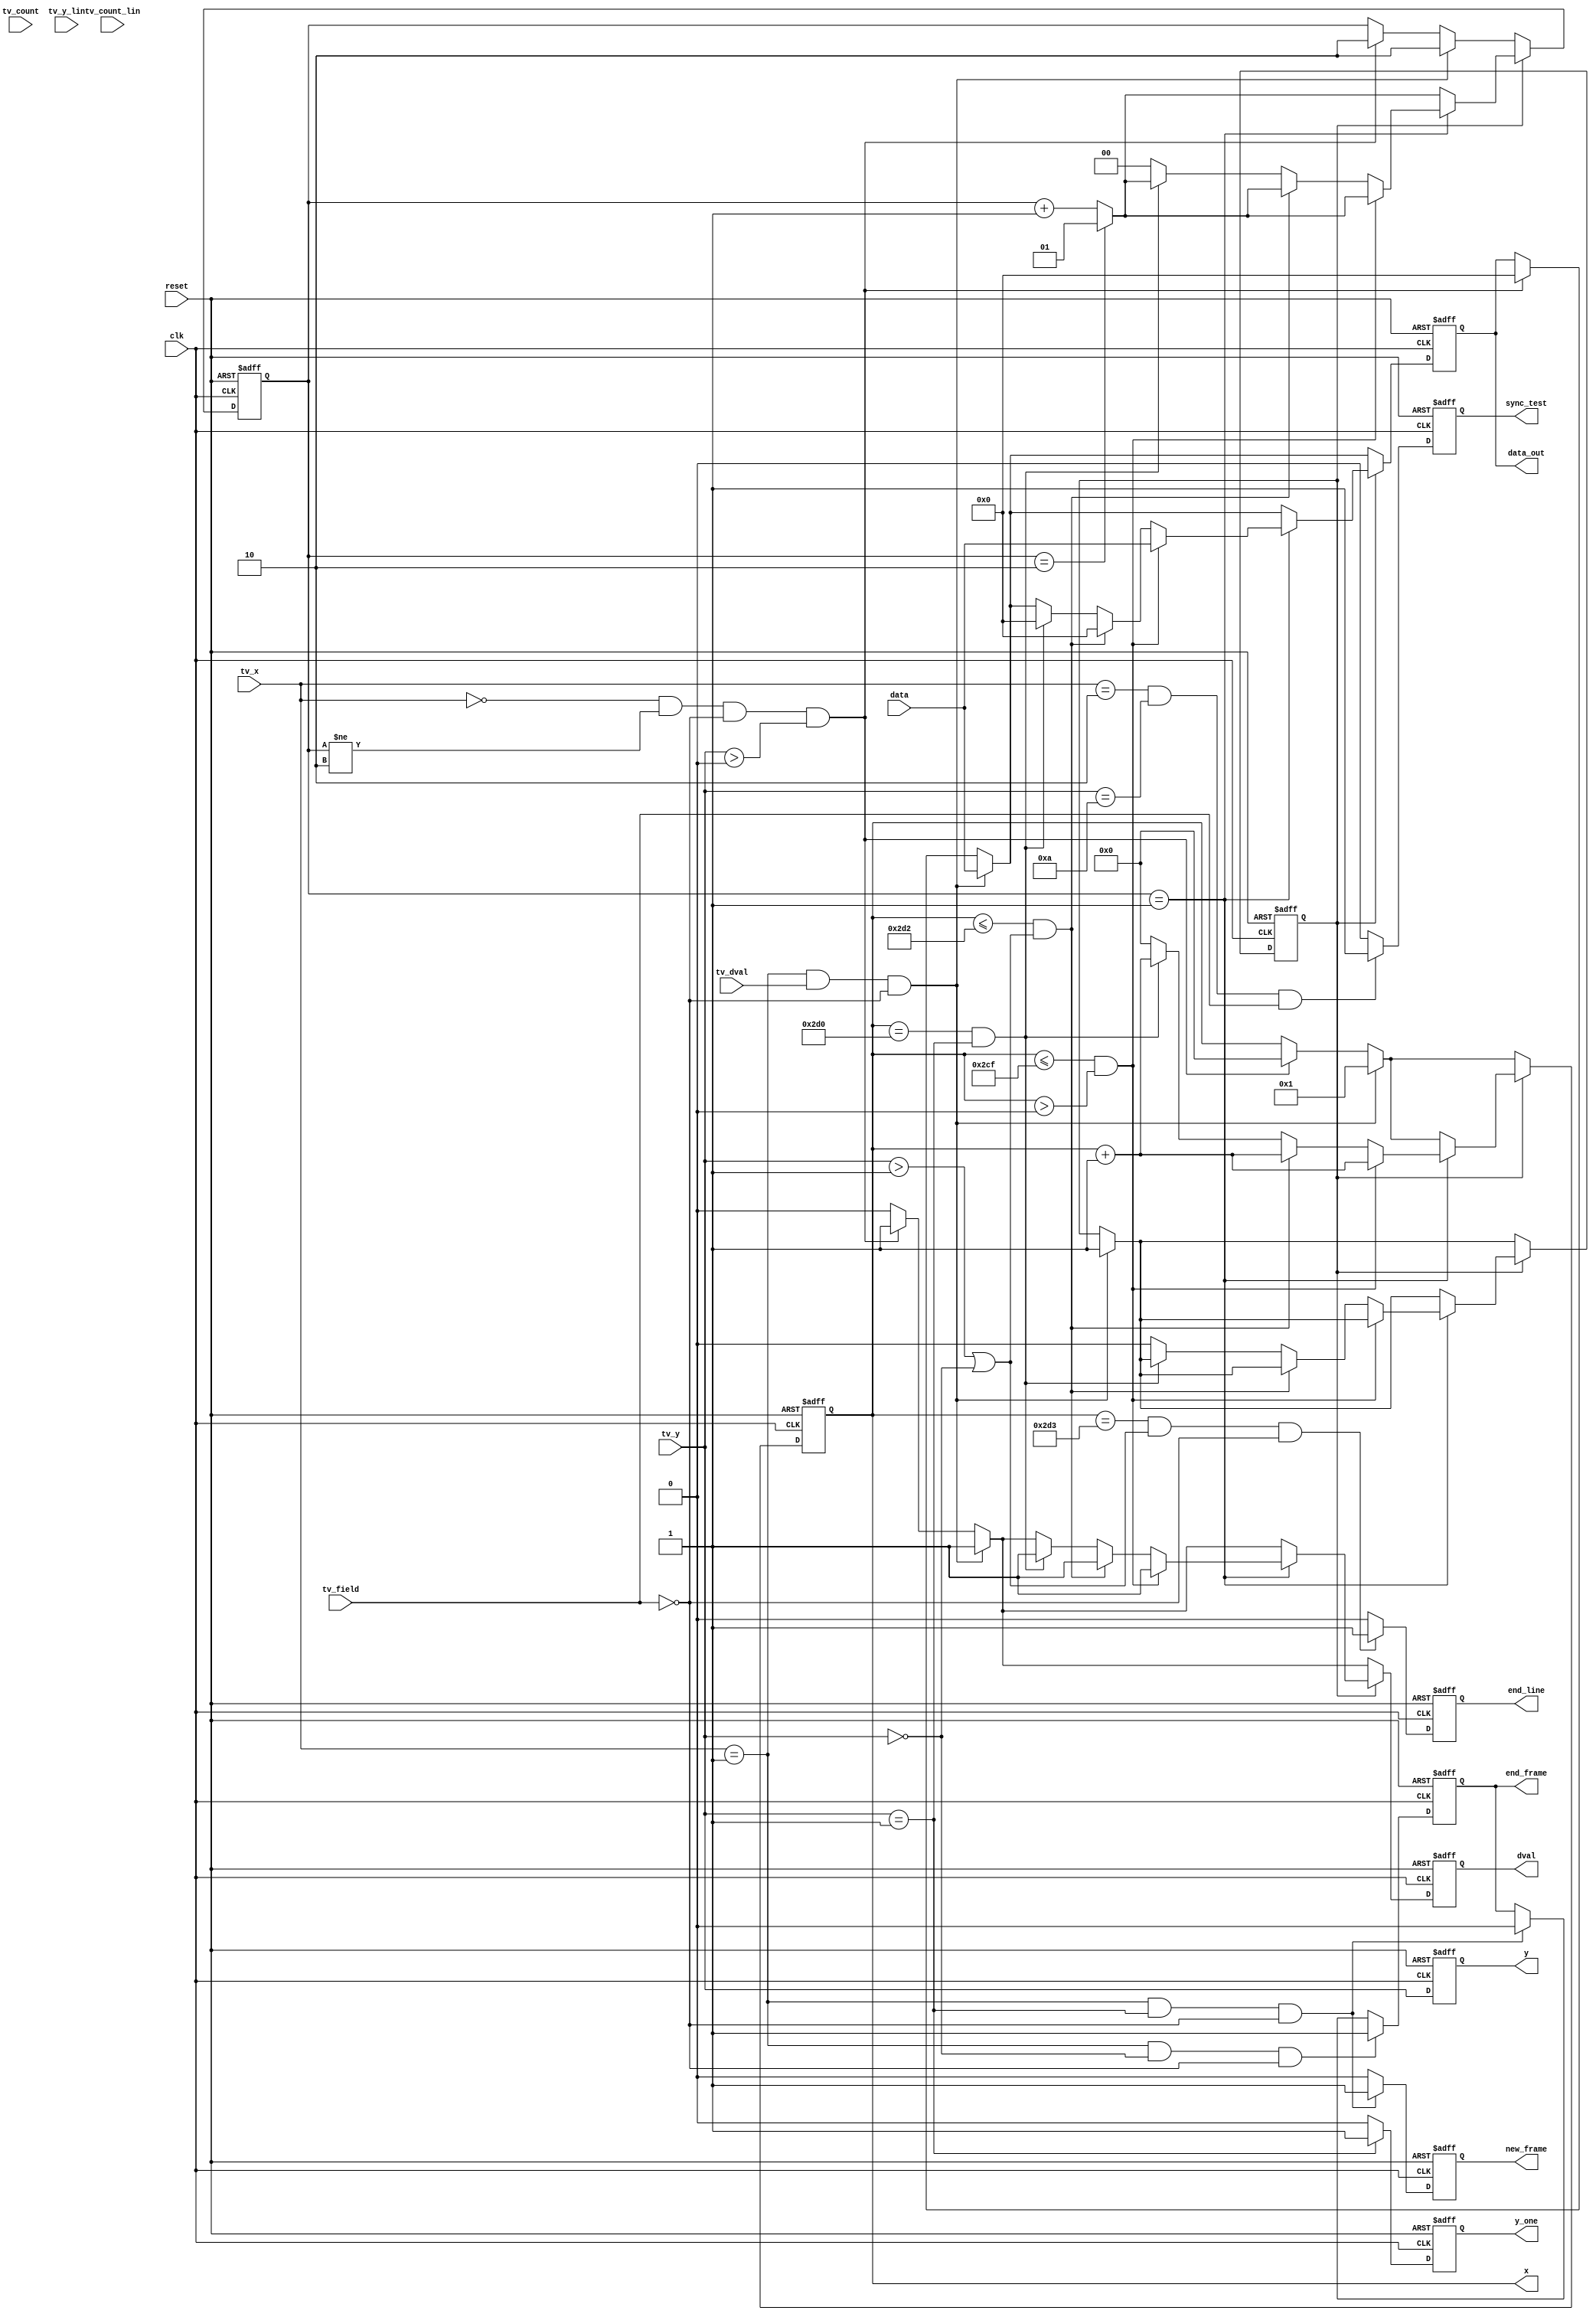
module TV_ADDR_LIN(
	input wire clk,
	input wire reset,	
	
	input wire [9:0]tv_x,
	input wire [9:0]tv_y,	
	input wire [31:0]tv_count,
	input wire [15:0]data,
	input wire tv_dval,
	input wire tv_field,
	input wire [20:0]tv_count_lin,
	input wire [10:0]tv_y_lin,
	
	output reg [9:0]x,
	output reg [9:0]y,
	output reg [15:0]data_out,	
	output reg dval,
	output reg y_one,	
	output reg new_frame,
	output reg end_frame,	
	output reg end_line,	
	output reg sync_test
	);

reg [1:0] cnt = 0;
reg start_line = 0;


always @(posedge clk or posedge reset)
	if(reset) 
	begin		
		x <= 0;
		y <= 0;
		dval <= 0;
		data_out <= 0;
		sync_test <= 0;
		start_line <= 0;
		cnt <= 0;
		y_one <= 0;
		new_frame <= 0;
		end_frame <= 0;
		end_line <= 0;
	end 
	else begin
		y <= tv_y;
		dval <= 0;
		sync_test <= 0;	
		
		
		if((tv_x == 2)&&(tv_y == 10)&&(tv_field == 1))
		begin
			sync_test <= 1;
		end
				
				
				
		if(tv_y == 1)
			y_one <= 1;
		else
			y_one <= 0;
			

		if((tv_x == 1)&&(tv_y == 1)&&(tv_field == 0))
		begin
			new_frame <= 1;
			end_frame <= 0;
		end
		else
			new_frame <= 0;
			
		if((x == 723)&&((tv_y > 1)||(tv_y == 0))&&(tv_field == 0))
			end_line <= 1;
		else
			end_line <= 0;
			
			
		if((tv_x == 1)&&(tv_y == 0)&&(tv_field == 0))
			end_frame <= 1;

			
			
		if((tv_x == 0)&&(cnt != 2)&&(tv_field == 0)&&(tv_y > 0))
		begin
			cnt <= 2;
			x <= 0;			
			data_out <= 0;
			dval <= 1;
		end	
		
		if((tv_x == 1)&&(tv_dval == 1)&&(tv_field == 0))
		begin
			start_line <= 1;
			cnt <= 2;
			x <= 1;			
			data_out <= data;
			dval <= 1;
		end
		
		if(start_line)
		begin		
			cnt <= cnt + 1;			
			if(cnt == 2)
				cnt <= 1;
			
			if(cnt == 1)
			begin
				x <= x + 1;				
				if((x <= 719)&&(x > 0))
				begin
					data_out <= data;
					dval <= 1;
				end
				else if((x <= 722)&&((tv_y > 1)||(tv_y == 0)))
				begin
					data_out <= 0;
					dval <= 1;
				end
				else if((x == 720)&&(tv_y == 1))
				begin
					data_out <= 0;
					dval <= 1;
				end				
				else begin
					start_line <= 0;
					cnt <= 0;
					x <= 0;
				end				
			end			
		end //if(start_line)
		
	end //else reset
endmodule